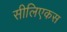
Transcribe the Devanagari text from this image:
सीलिएकस